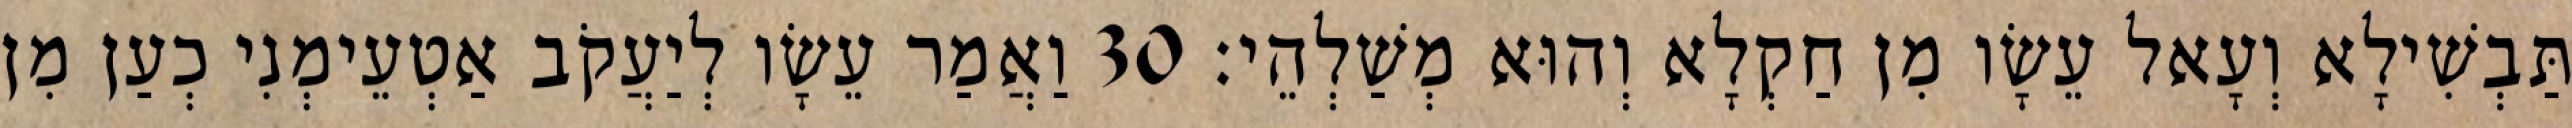
תַּבְשִׁילָא וְעָאל עֵשָׂו מִן חַקְלָא וְהוּא מְשַׁלְהֵי׃ 30 וַאֲמַר עֵשָׂו לְיַעֲקֹב אַטְעֵימְנִי כְעַן מִן